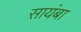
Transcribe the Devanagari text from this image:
सायंबा